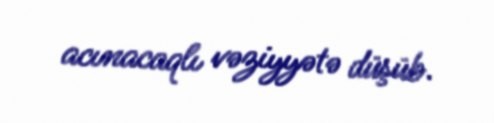
acınacaqlı vəziyyətə düşüb.